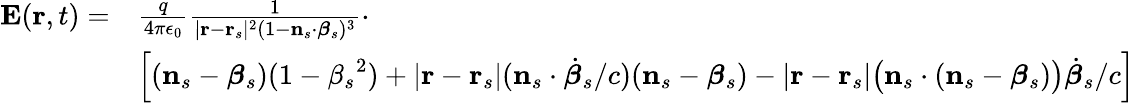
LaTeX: {\begin{array}{rl}{\mathbf{E}(\mathbf{r},t)=}&{{\frac{q}{4\pi\epsilon_{0}}}{\frac{1}{|\mathbf{r}-\mathbf{r}_{s}|^{2}(1-\mathbf{n}_{s}\cdot{\boldsymbol{\beta}}_{s})^{3}}}\cdot}\\ &{\left[\left(\mathbf{n}_{s}-{\boldsymbol{\beta}}_{s}\right)(1-{\beta_{s}}^{2})+|\mathbf{r}-\mathbf{r}_{s}|(\mathbf{n}_{s}\cdot{\dot{\boldsymbol{\beta}}}_{s}/c)(\mathbf{n}_{s}-{\boldsymbol{\beta}}_{s})-|\mathbf{r}-\mathbf{r}_{s}|{\big(}\mathbf{n}_{s}\cdot(\mathbf{n}_{s}-{\boldsymbol{\beta}}_{s}){\big)}{\dot{\boldsymbol{\beta}}}_{s}/c\right]}\end{array}}